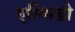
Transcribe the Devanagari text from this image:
एल्सिडो